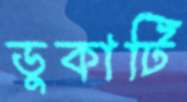
ডুকাটি